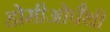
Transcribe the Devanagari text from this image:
होमीओपैथी